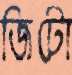
জিটো